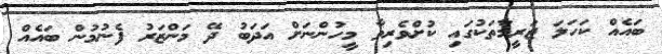
ބައެއް ކަހަލަ ޖަރީމާތަކުގައި ކުށްވެރިވާ މީހުންނަށް އަދަބު ދޭ މަންޒަރު ފެނުމުން ބައެއް